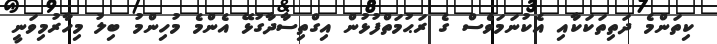
ކިތަންމެ ދަތިތަކަކާއި އެކުނަމަވެސް ގެ ރަޙުމަތްފުޅުން އިގްތިސާދާގުޅޭ އެންމެ މުހިންމު ބިލު މިހާރުމިވަނީ